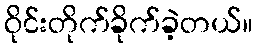
ဝိုင်းတိုက်ခိုက်ခဲ့တယ်။